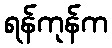
ရန်ကုန်က